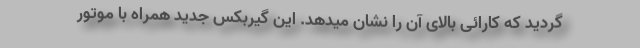
گردید که کارائی بالای آن را نشان میدهد. این گیربکس جدید همراه با موتور